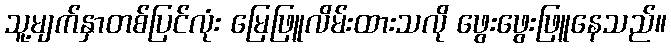
သူ့မျက်နှာတစ်ပြင်လုံး မြေဖြူလိမ်းထားသလို ဖွေးဖွေးဖြူနေသည်။